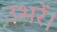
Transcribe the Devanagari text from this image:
उभरें।